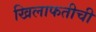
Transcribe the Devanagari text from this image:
खिलाफतीची